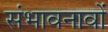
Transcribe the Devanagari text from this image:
संभावनावों